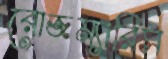
রোজম্যারিস